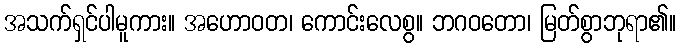
အသက်ရှင်ပါမူကား။ အဟောဝတ၊ ကောင်းလေစွ။ ဘဂဝတော၊ မြတ်စွာဘုရာ၏။